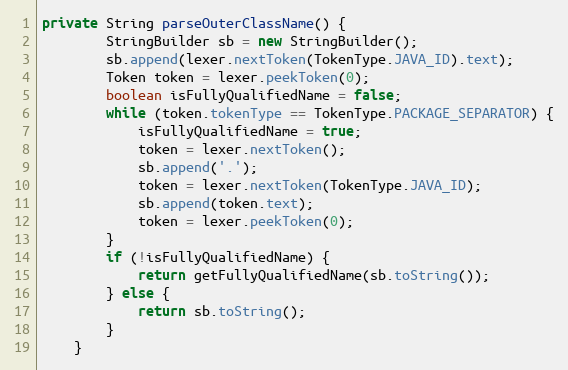
Language: Java
private String parseOuterClassName() {
		StringBuilder sb = new StringBuilder();
		sb.append(lexer.nextToken(TokenType.JAVA_ID).text);
		Token token = lexer.peekToken(0);
		boolean isFullyQualifiedName = false;
		while (token.tokenType == TokenType.PACKAGE_SEPARATOR) {
			isFullyQualifiedName = true;
			token = lexer.nextToken();
			sb.append('.');
			token = lexer.nextToken(TokenType.JAVA_ID);
			sb.append(token.text);
			token = lexer.peekToken(0);
		}
		if (!isFullyQualifiedName) {
			return getFullyQualifiedName(sb.toString());
		} else {
			return sb.toString();
		}
	}